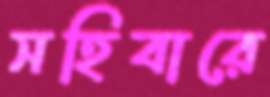
সহিবারে